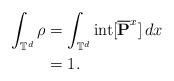
\begin{align*} \int_{\mathbb{T}^{d}} \rho &= \int_{\mathbb{T}^{d}} {\rm int}[ \overline{\mathbf{P}}^{x}] \, dx\\ &=1. \end{align*}